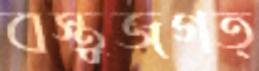
বস্তুজগত্